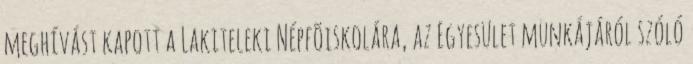
meghívást kapott a Lakiteleki Népfõiskolára, az Egyesület munkájáról szóló